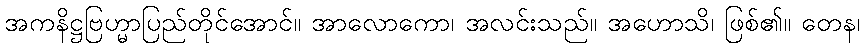
အကနိဋ္ဌဗြဟ္မာပြည်တိုင်အောင်။ အာလောကော၊ အလင်းသည်။ အဟောသိ၊ ဖြစ်၏။ တေန၊